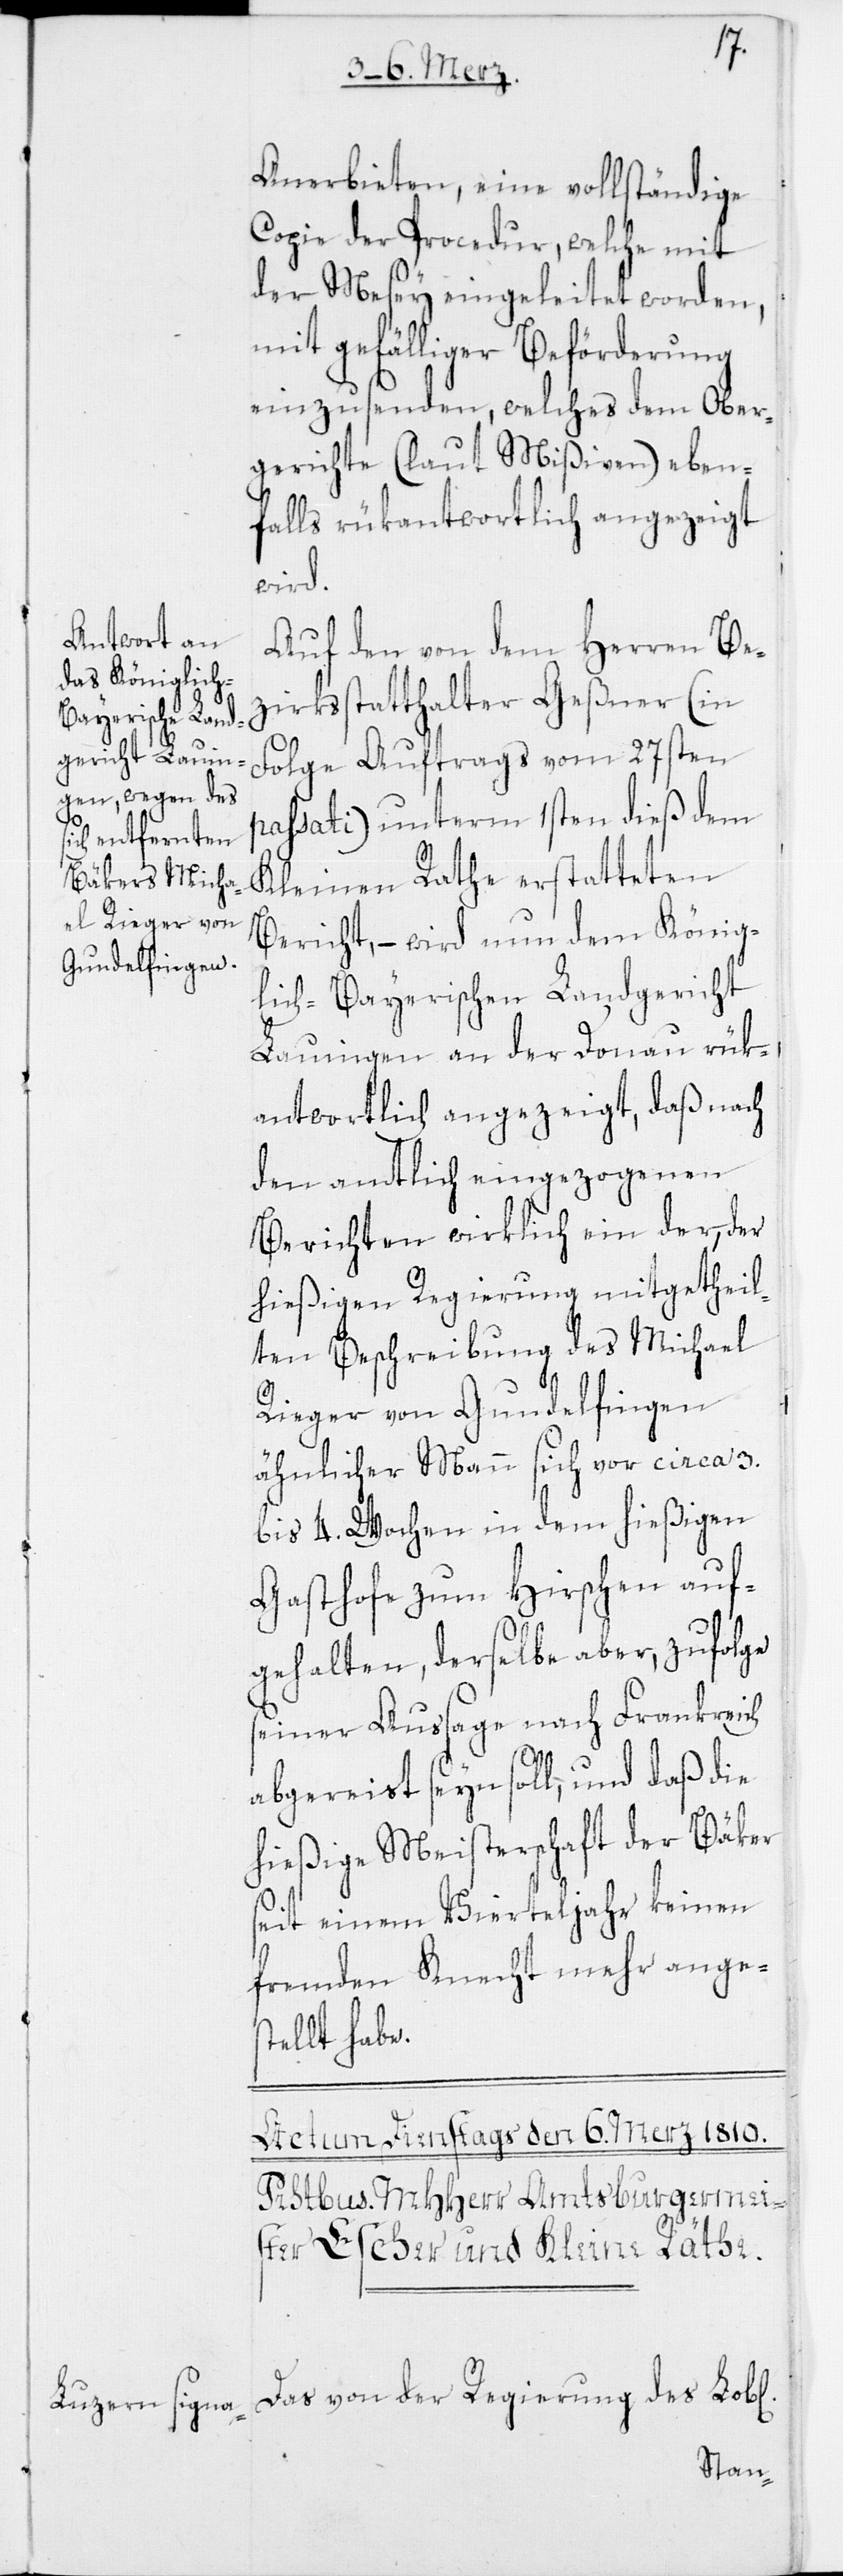
Anerbieten, eine vollständige
Copie der Procedur, welche mit
der Mesey eingeleitet worden,
mit gefälliger Beförderung
einzusenden, welches dem Ober¬
gerichte (laut Mißiven) eben¬
falls rükantwortlich angezeigt
wird.
Auf den von dem Herren Be¬
zirksstatthalter Geßner (in
Folge Auftrags vom 27sten
passati) unterm 1sten dieß dem
Kleinen Rathe erstatteten
Bericht, – wird nun dem König¬
lich-Bayerischen Landgericht
Lauingen an der Donau rük¬
antwortlich angezeigt, daß nach
den amtlich eingezogenen
Berichten wirklich ein der, der
hießigen Regierung mitgetheil¬
ten Beschreibung des Michael
Rieger von Gundelfingen
ähnlicher Mann sich vor circa 3.
bis 4. Wochen in dem hießigen
Gasthofe zum Hirschen auf¬
gehalten, derselbe aber, zufolge
seiner Aussage nach Frankreich
abgereist seyn soll, und daß die
hießige Meisterschaft der Bäker
seit einem Vierteljahr keinen
fremden Knecht mehr anges¬
tellt habe.
Das von der Regierung des Lob[l¬
ichen]